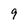
Character: 9